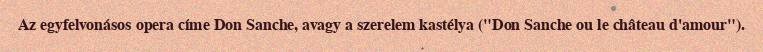
Az egyfelvonásos opera címe Don Sanche, avagy a szerelem kastélya ("Don Sanche ou le château d'amour").